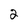
Character: 3